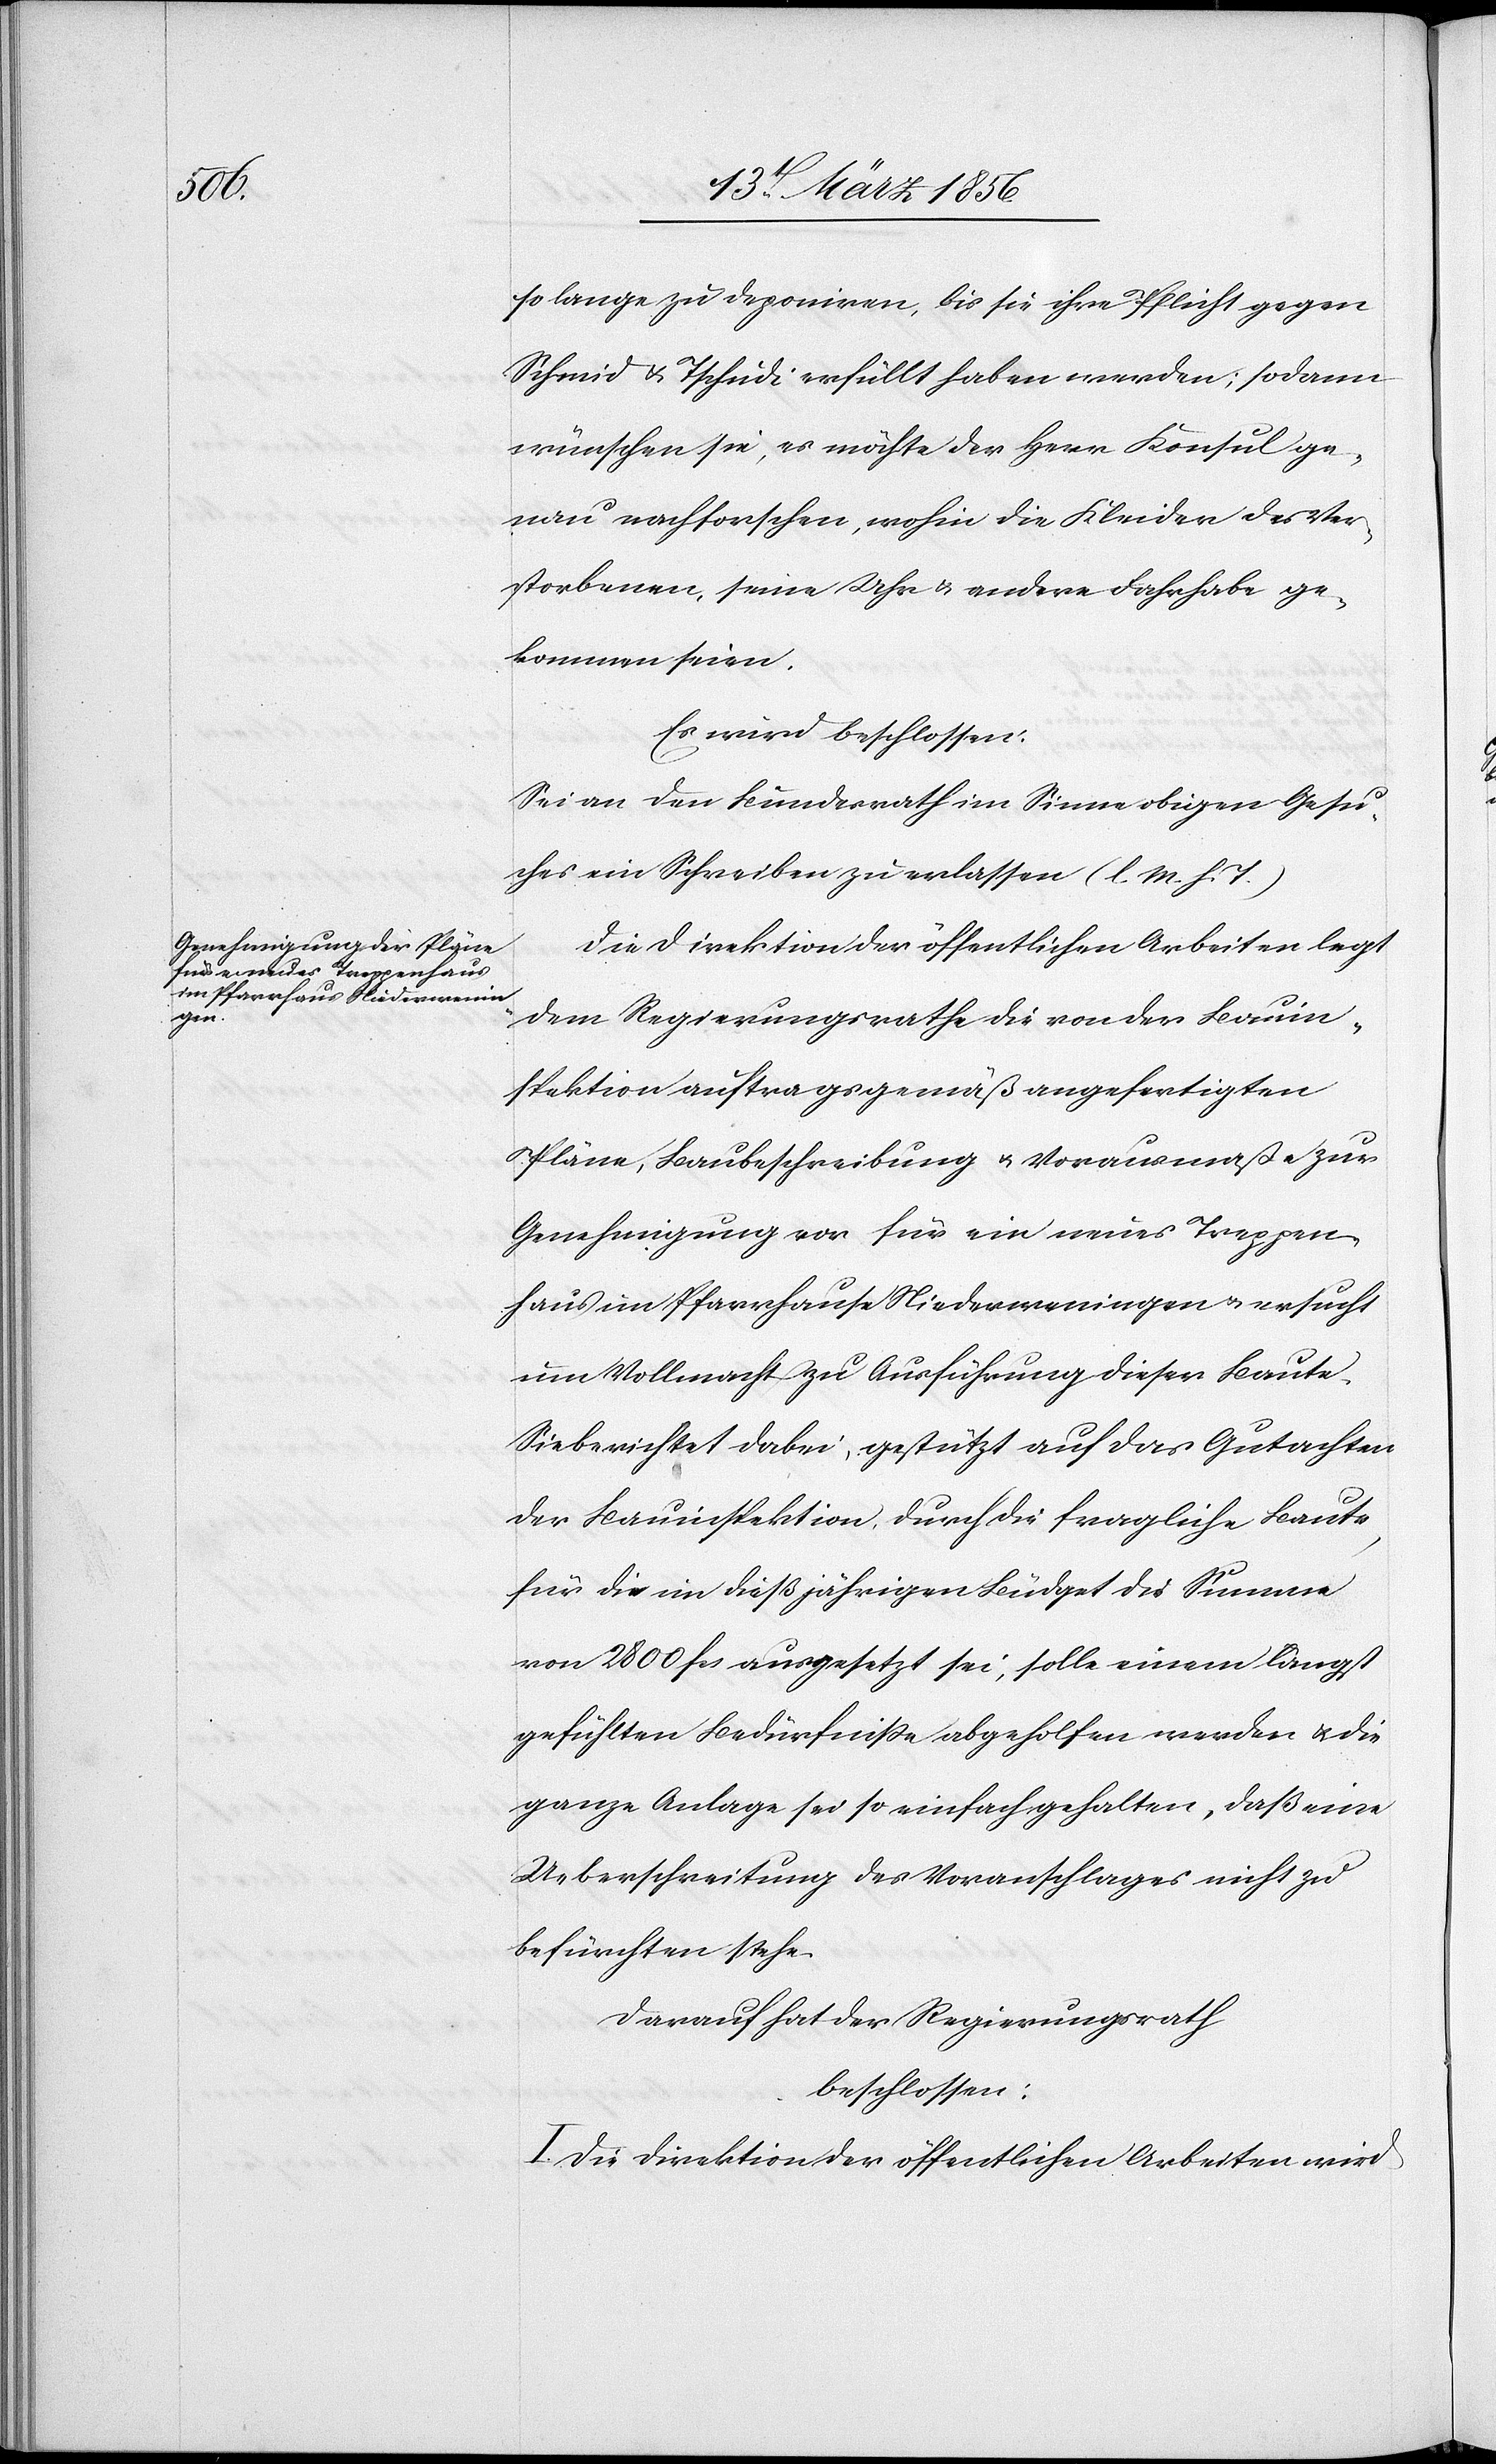
so lange zu deponiren, bis sie ihre Pflicht gegen
Schmid & Tschudi erfüllt haben werden; sodann
wünschen sie, es möchte der Herr Konsul ge¬
nau nachforschen, wohin die Kleider des Ver¬
storbenen, seine Uhr & andere Fahrhabe ge¬
kommen seien.
Es wird beschlossen:
Sei an den Bundesrath im Sinne obigen Gesu¬
ches ein Schreiben zu erlassen. (l. M. h. T.)
Die Direktion der öffentlichen Arbeiten legt
dem Regierungsrathe die von der Bauin¬
spektion auftragsgemäß angefertigten
Pläne, Baubeschreibung u. Vorausmaße zur
Genehmigung vor für ein neues Treppen¬
haus im Pfarrhause Niederweningen u. ersucht
um Vollmacht zu Ausführung dieser Baute.
Sie berichtet dabei, gestützt auf das Gutachten
der Bauinspektion, durch die fragliche Baute,
für die im dießjährigen Büdget die Summe
von 2800 fcs ausgesetzt sei, solle einem längst
gefühlten Bedürfniße abgeholfen werden u. die
ganze Anlage sei so einfach gehalten, daß eine
Ueberschreitung des Voranschlages nicht zu
befürchten stehe.
Darauf hat der Regierungsrath
beschlossen:
I. Die Direktion der öffentlichen Arbeiten wird